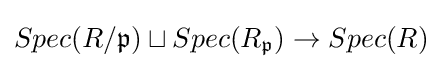
Spec(R/{\mathfrak {p}})\sqcup Spec(R_{\mathfrak {p}})\to Spec(R)